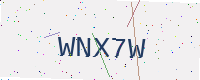
Text: WNX7W